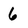
Character: 6